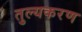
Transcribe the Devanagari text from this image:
तुल्यकरण